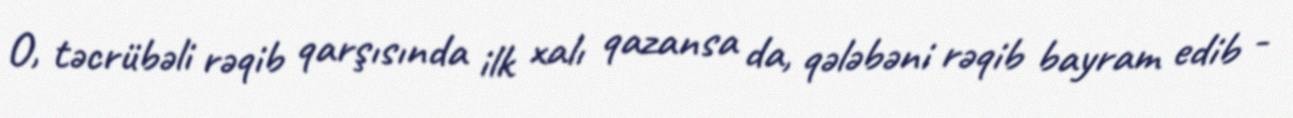
O, təcrübəli rəqib qarşısında ilk xalı qazansa da, qələbəni rəqib bayram edib -